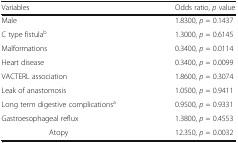
| Variables | Odds ratio, p value |
 | --- | --- |
 | Male | 1.8300, p = 0.1437 |
 | C type fistulab | 1.3000, p = 0.6145 |
 | Malformations | 0.3400, p = 0.0114 |
 | Heart disease | 0.3400, p = 0.0099 |
 | VACTERL association | 1.8600, p = 0.3074 |
 | Leak of anastomosis | 1.0500, p = 0.9411 |
 | Long term digestive complicationsa | 0.9500, p = 0.9331 |
 | Gastroesophageal reflux | 1.3800, p = 0.4553 |
 | Atopy | 12.350, p = 0.0032 |